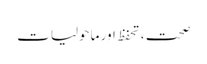
صحت ، تحفظ اور ماحولیات